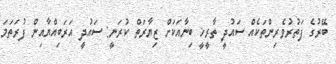
ބޭރުގެ ފަތުރުވެރިންތަކެއް ސައުދީ ތާރީޚީ ބިނާއަކަށް ޒިޔާރަތް ކުރަނީ: ސައުދީ އަރަބިއްޔާއިން ފުރަތަމަ